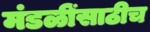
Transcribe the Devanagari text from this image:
मंडळींसाठीच